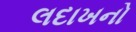
લદાખનો